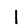
Digit: 1